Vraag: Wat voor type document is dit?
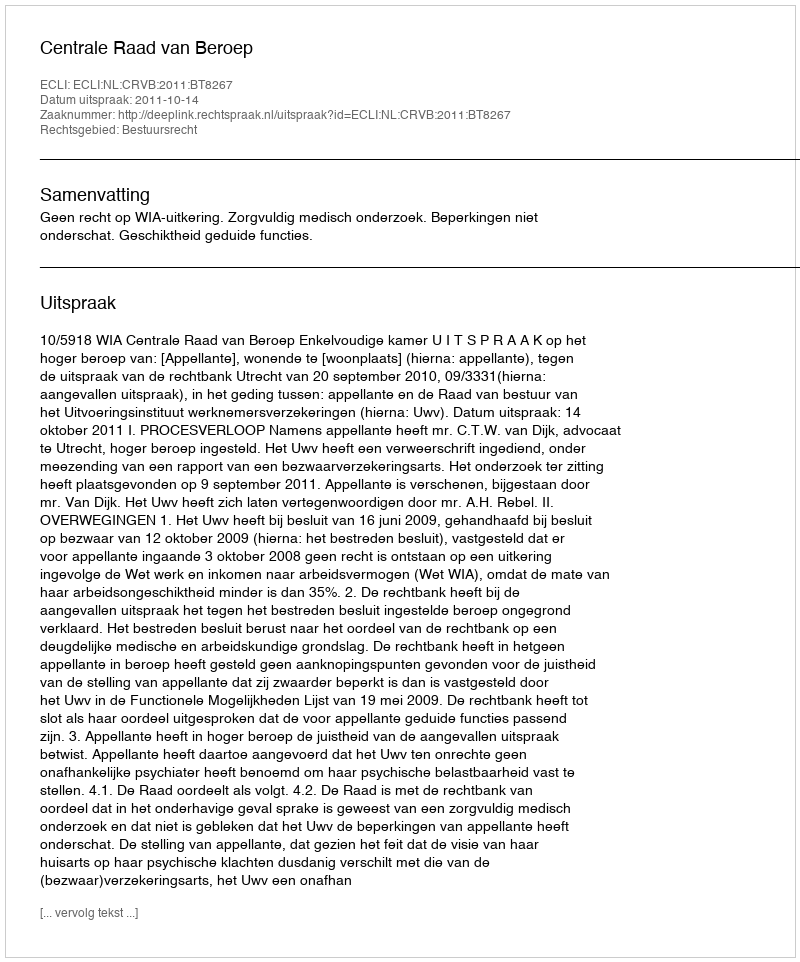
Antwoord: Uitspraak